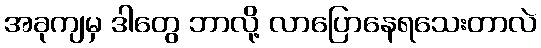
အခုကျမှ ဒါတွေ ဘာလို့ လာပြောနေရသေးတာလဲ